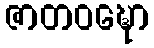
ဇာတဝဍ္ဎော